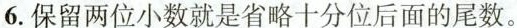
6.保留两位小数就是省略十分位后面的尾数。